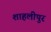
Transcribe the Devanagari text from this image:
शाहलीपुर